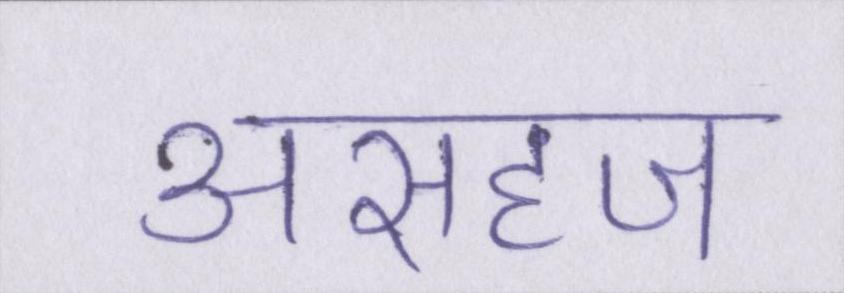
असहज